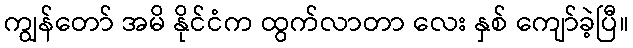
ကျွန်တော် အမိ နိုင်ငံက ထွက်လာတာ လေး နှစ် ကျော်ခဲ့ပြီ။